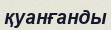
қуанғанды